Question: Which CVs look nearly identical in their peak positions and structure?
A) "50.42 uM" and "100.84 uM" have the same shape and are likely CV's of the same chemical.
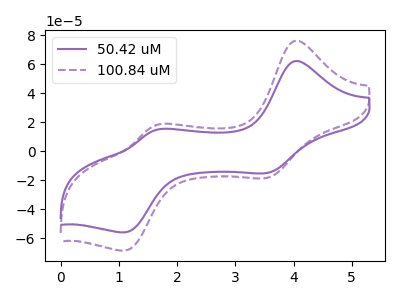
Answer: <think>The purple curve "50.42 uM" has anodic peaks at (4.00V, 61.95uA) (1.65V, 14.60uA) and cathodic peaks at (3.55V, -15.05uA) (1.10V, -55.85uA). The purple dashed curve "100.84 uM" has anodic peaks at (4.00V, 75.90uA) (1.65V, 17.85uA) and cathodic peaks at (3.55V, -18.45uA) (1.10V, -68.40uA).
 All the peaks in "50.42 uM" have a peak in "100.84 uM" at the same potential. Every peak in "50.42 uM" is lower than every peak in "100.84 uM".</think>
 <answer>A) "50.42 uM" and "100.84 uM" have the same shape and are likely CV's of the same chemical.</answer>
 <eval>A</eval>